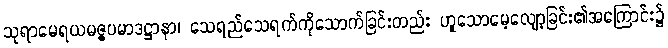
သုရာမေရယမဇ္ဇပမာဒဋ္ဌာနာ၊ သေရည်သေရက်ကိုသောက်ခြင်းတည်း ဟူသောမေ့လျော့ခြင်း၏အကြောင်း၌